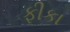
ફીકા